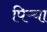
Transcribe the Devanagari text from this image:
पिऱ्या